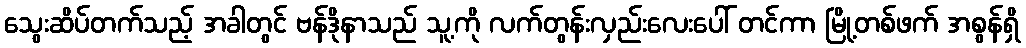
သွေးဆိပ်တက်သည့် အခါတွင် ဗန်ဒိုနာသည် သူ့ကို လက်တွန်းလှည်းလေးပေါ် တင်ကာ မြို့တစ်ဖက် အစွန်ရှိ